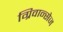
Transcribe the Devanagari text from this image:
ग्रिवान्सेज